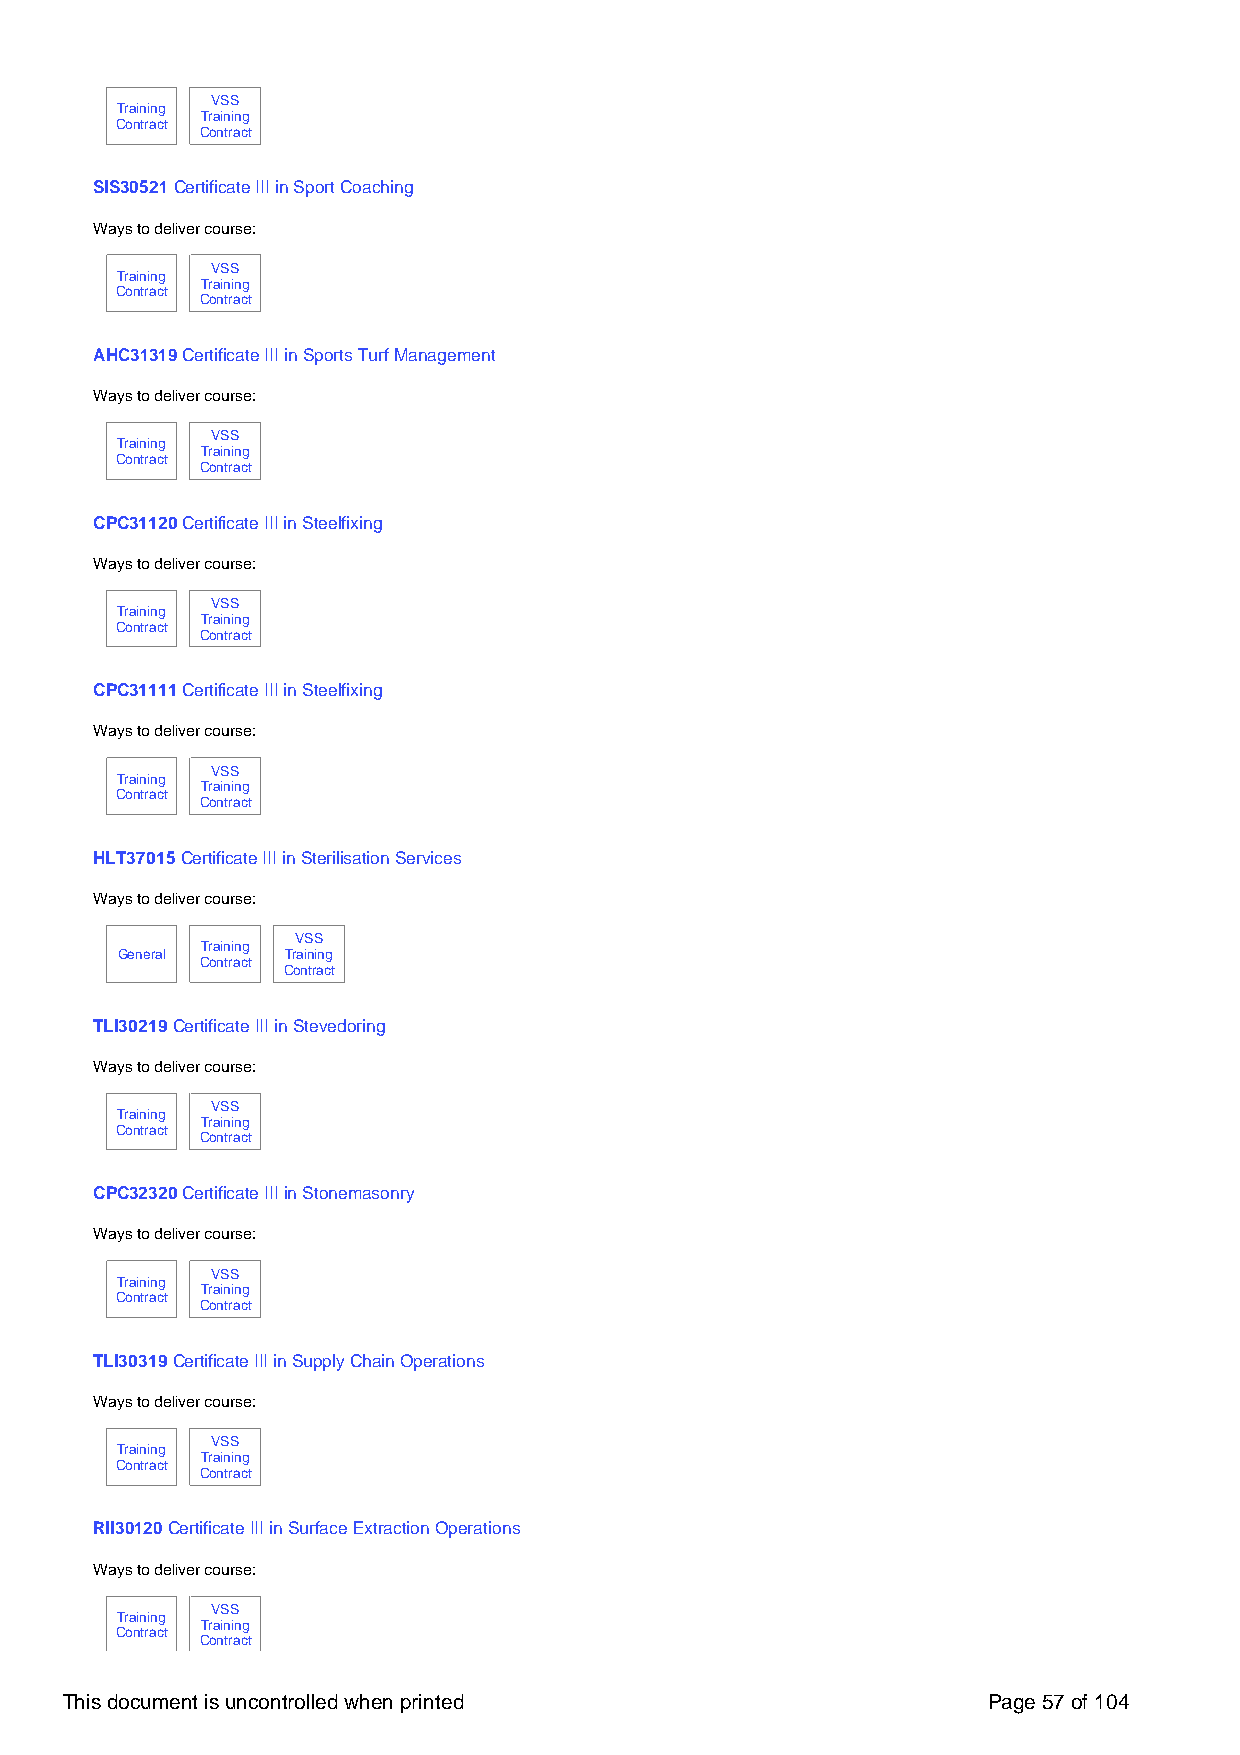
VSS
 Training
 Training
 Contract
 Contract
 SIS30521 Certificate III in Sport Coaching
 Ways to deliver course:
 VSS
 Training
 Training
 Contract
 Contract
 AHC31319 Certificate III in Sports Turf Management
 Ways to deliver course:
 VSS
 Training
 Training
 Contract
 Contract
 CPC31120 Certificate III in Steelfixing
 Ways to deliver course:
 VSS
 Training
 Training
 Contract
 Contract
 CPC31111 Certificate III in Steelfixing
 Ways to deliver course:
 VSS
 Training
 Training
 Contract
 Contract
 HLT37015 Certificate III in Sterilisation Services
 Ways to deliver course:
 VSS
 Training
 General    Training
 Contract
 Contract
 TLI30219 Certificate III in Stevedoring
 Ways to deliver course:
 VSS
 Training
 Training
 Contract
 Contract
 CPC32320 Certificate III in Stonemasonry
 Ways to deliver course:
 VSS
 Training
 Training
 Contract
 Contract
 TLI30319 Certificate III in Supply Chain Operations
 Ways to deliver course:
 VSS
 Training
 Training
 Contract
 Contract
 RII30120 Certificate III in Surface Extraction Operations
 Ways to deliver course:
 VSS
 Training
 Training
 Contract
 Contract
 This document is uncontrolled when printed                   Page 57 of 104